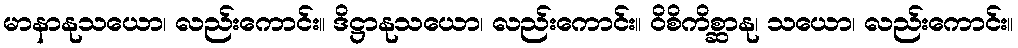
မာနာနုသယော၊ လည်းကောင်း။ ဒိဋ္ဌာနုသယော၊ လည်းကောင်း။ ဝိစိကိစ္ဆာနု၊ သယော၊ လည်းကောင်း။